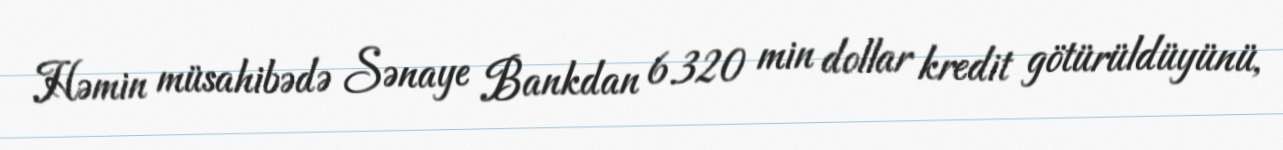
Həmin müsahibədə Sənaye Bankdan 6.320 min dollar kredit götürüldüyünü,